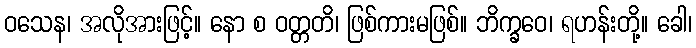
ဝသေန၊ အလိုအားဖြင့်။ နော စ ဝတ္တတိ၊ ဖြစ်ကားမဖြစ်။ ဘိက္ခဝေ၊ ရဟန်းတို့။ ခေါ၊